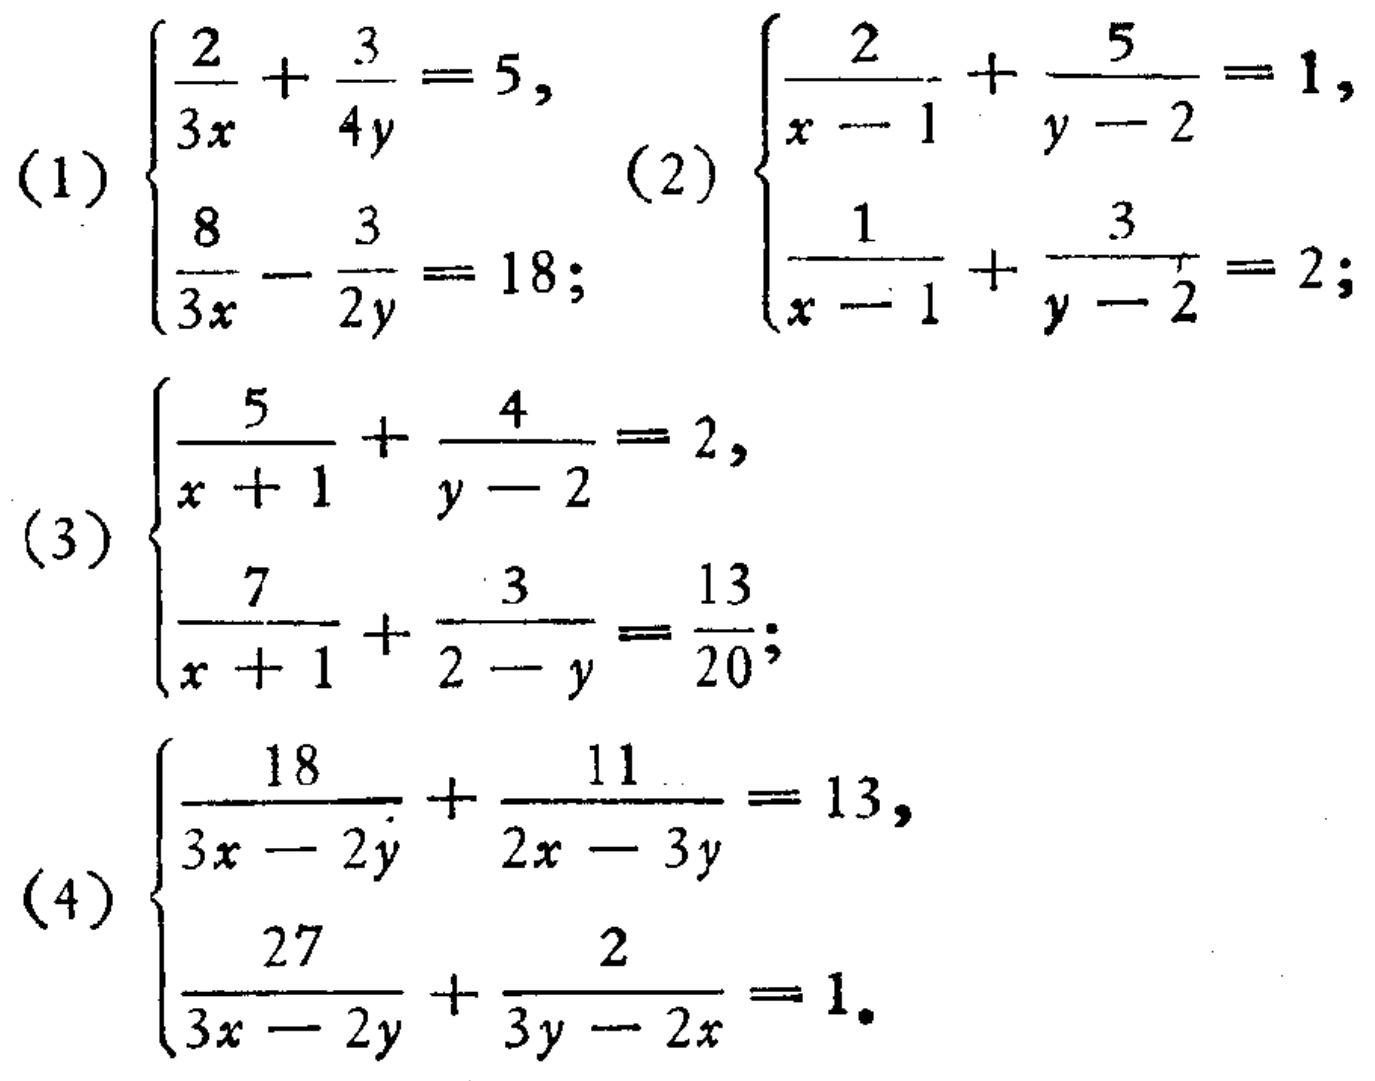
(1) \(\begin{cases}\frac{2}{3x}+\frac{3}{4y}=5,\\\frac{8}{3x}-\frac{3}{2y}=18;\end{cases}\)
(2) \(\begin{cases}\frac{2}{x - 1}+\frac{5}{y - 2}=1,\\\frac{1}{x - 1}+\frac{3}{y - 2}=2;\end{cases}\)
(3) \(\begin{cases}\frac{5}{x + 1}+\frac{4}{y - 2}=2,\\\frac{7}{x + 1}+\frac{3}{2 - y}=\frac{13}{20};\end{cases}\)
(4) \(\begin{cases}\frac{18}{3x - 2y}+\frac{11}{2x - 3y}=13,\\\frac{27}{3x - 2y}+\frac{2}{3y - 2x}=1.\end{cases}\)